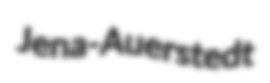
Jena-Auerstedt